Annual administration report of the Civil Veterinary Department of India - 1897-1898
Year: 1897
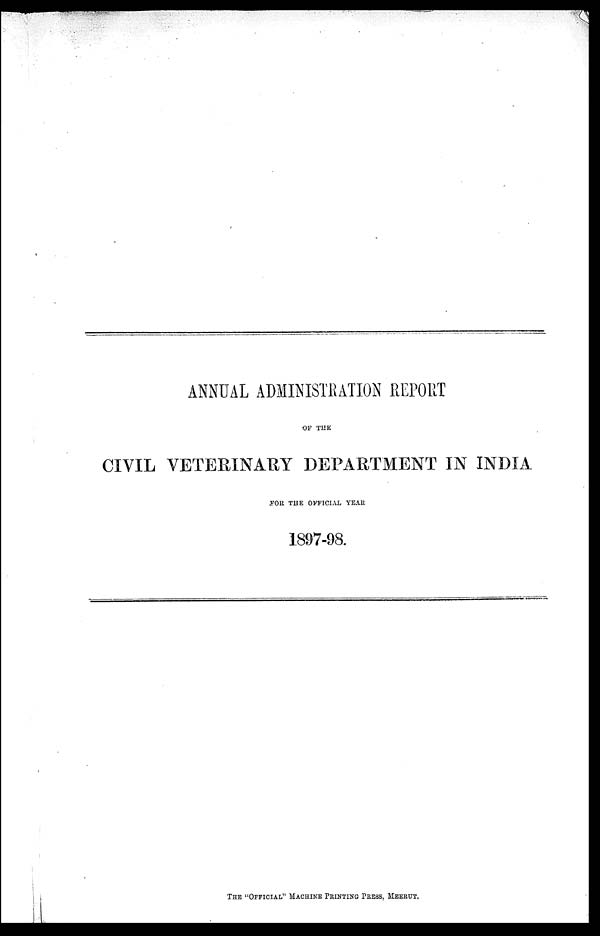
ANNUAL ADMINISTRATION REPORT
OF THE
CIVIL VETERINARY DEPARTMENT IN INDIA
FOR THE OFFICIAL YEAR
1897-98.
THE "OFFICIAL" MACHINE PRINTING PRESS, MEERUT.